Civil Veterinary Department Bengal reports 1933-51 - 1933-1951
Year: 1933
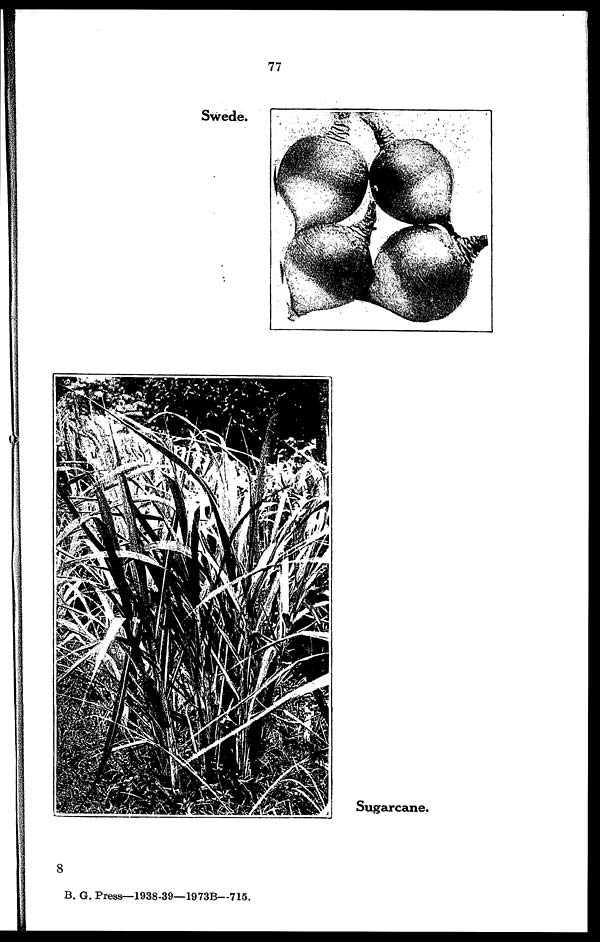
77
Swede.
Sugarcane.
8
B. G. Press—1938-39—1973B—715.